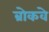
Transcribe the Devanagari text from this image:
ब्रोकवे